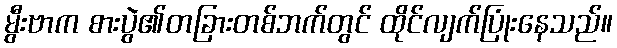
မွီးဗာက စားပွဲ၏တခြားတစ်ဘက်တွင် ထိုင်လျက်ပြုံးနေသည်။